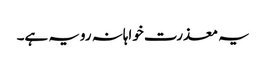
یہ معذرت خواہانہ رویہ ہے۔